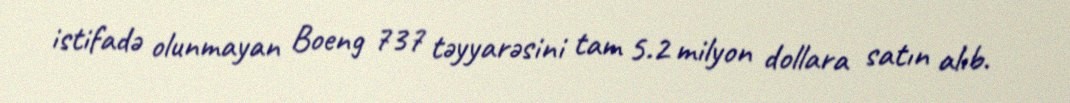
istifadə olunmayan Boeng 737 təyyarəsini tam 5.2 milyon dollara satın alıb.